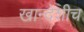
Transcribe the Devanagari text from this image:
खान्देशीच